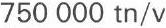
750 000 tn/v